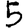
Digit: 5